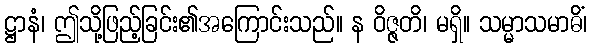
ဋ္ဌာနံ၊ ဤသို့ဖြည့်ခြင်း၏အကြောင်းသည်။ န ဝိဇ္ဇတိ၊ မရှိ။ သမ္မာသမာဓိံ၊